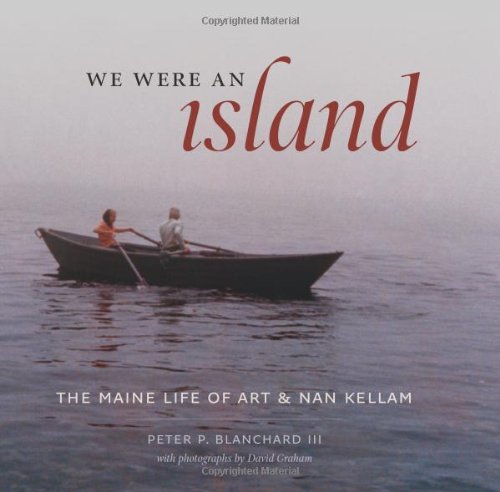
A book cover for We Were an Island: The Maine Life of Art and Nan Kellam; Peter P. Blanchard III; Biographies & Memoirs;